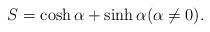
LaTeX: \begin{align*}S = \cosh\alpha + \sinh\alpha(\alpha \ne 0).\end{align*}